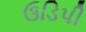
ઉડિપી